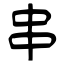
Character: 串